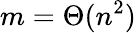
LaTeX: m=\Theta(n^{2})